Vabadussoja_Ajaloo_Komitee, lk 20
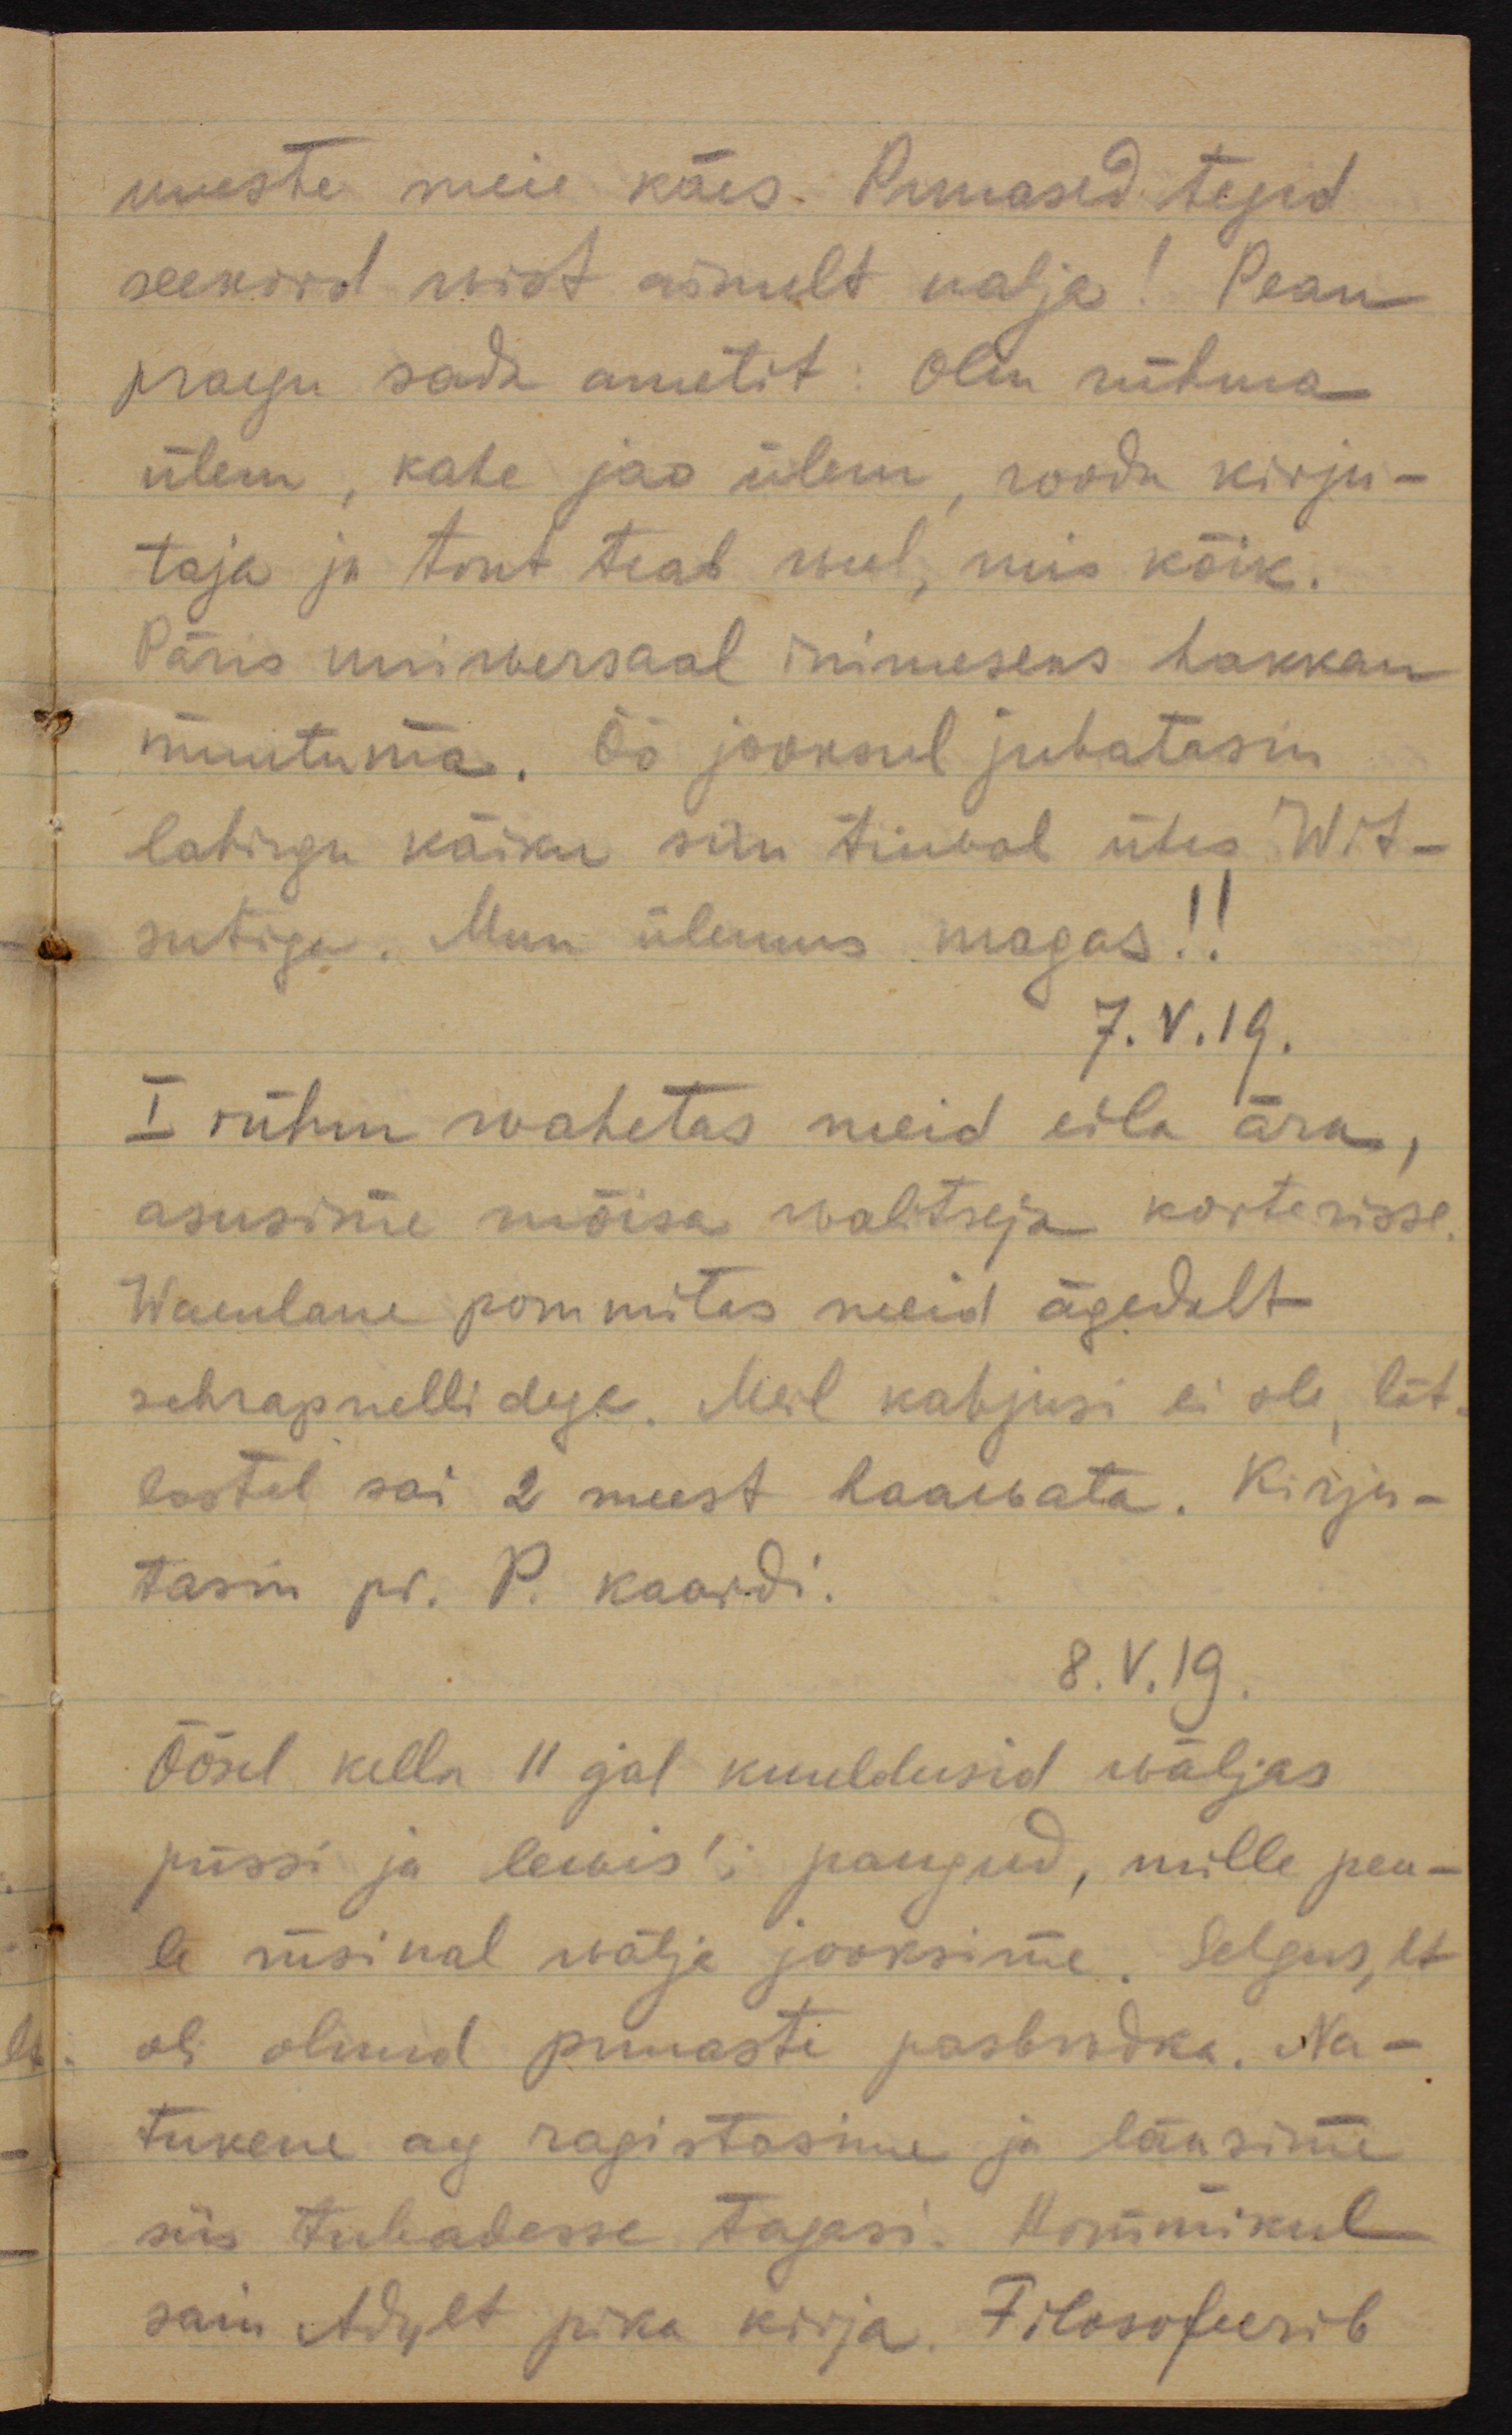
uuesti meie käes. Punased tegid
seekord wist ainult nalja! Pean
praegu sada ametit: Olen rühma
ülem, kahe jao ülem, roodu kirju-
taja ja tont teab weel, mis kõik.
Päris uniwersaal inimeseks hakkan
muutuma. Öö jooksul juhatasin
lahingu käiku siin tiiwal ühes Wit-
sutiga. Meie ülemus magas!!
7.V.19.
I rühm wahetas meid eila ära,
asusime mõisa walitseja korterisse.
Waenlane pommitas meid ägedalt
schrapnellidega. Meil kahjusi ei ole, lät-
lastel sai 2 meest haawata. Kirju-
tasin pr. P. kaardi.
8.V.19.
Öösel kella 11 ajal kuuldusid wäljas
püssi ja lewis´i paugud, mille pea-
le rüsinal wälja jooksime. Selgus, et
oli olnud punaste разведка. Na-
tukene aeg ragistasime ja läksime
siis tubadesse tagasi. Hommikul
sain Adylt pika kirja. Filosofeerib